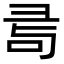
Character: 𢑔